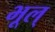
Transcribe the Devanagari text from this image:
भूल्